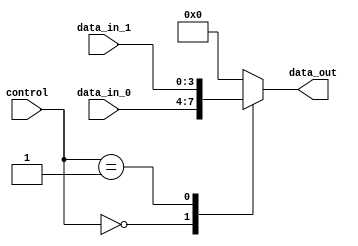
module multiplexer (
    input wire [3:0] data_in_0,
    input wire [3:0] data_in_1,
    input wire [1:0] control,
    output reg [3:0] data_out
);

always @ (control or data_in_0 or data_in_1)
begin
    case(control)
        2'b00: data_out = data_in_0;
        2'b01: data_out = data_in_1;
        default: data_out = 4'b0000; // Default case for invalid control signal
    endcase
end

endmodule